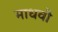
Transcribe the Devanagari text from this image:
माधवौ